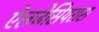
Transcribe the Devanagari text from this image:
ऐलजेसियरास